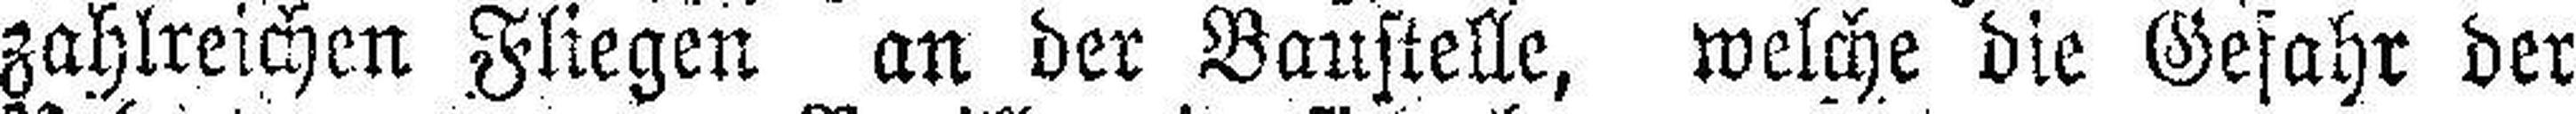
zahlreichen Fliegen an der Baustelle, welche die Gefahr der